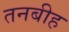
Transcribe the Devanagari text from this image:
तनबीह